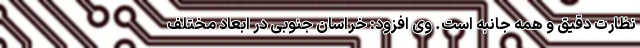
نظارت دقیق و همه جانبه است. وی افزود: خراسان جنوبی در ابعاد مختلف